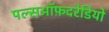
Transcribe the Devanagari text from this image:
पल्सऑफ़दरेडियो